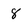
Character: 8